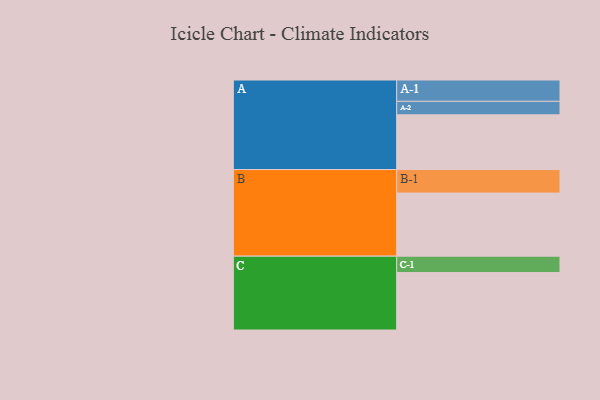
{"axis": {"x": "Segment", "y": "Value"}, "legend": ["", "A", "B", "C"], "data": [{"x": "A", "y": 421, "type": ""}, {"x": "B", "y": 485, "type": ""}, {"x": "C", "y": 442, "type": ""}, {"x": "A-1", "y": 164, "type": "A"}, {"x": "A-2", "y": 104, "type": "A"}, {"x": "B-1", "y": 181, "type": "B"}, {"x": "C-1", "y": 126, "type": "C"}]}